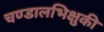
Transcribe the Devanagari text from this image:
चण्डालभिक्षुकी